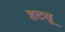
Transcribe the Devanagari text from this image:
हटवू